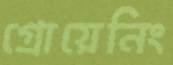
গ্রোয়েনিং